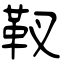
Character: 靫